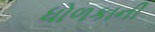
ધોળકાની